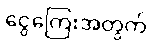
ငွေကြေးအတွက်